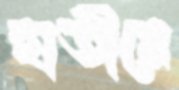
হাতীমে